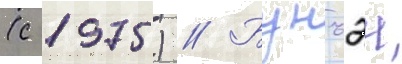
(с 1975) // Бунъэи